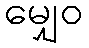
မျှေဝ